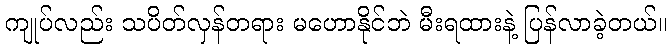
ကျုပ်လည်း သပိတ်လှန်တရား မဟောနိုင်ဘဲ မီးရထားနဲ့ ပြန်လာခဲ့တယ်။